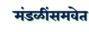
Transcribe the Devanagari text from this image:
मंडळींसमवेत